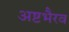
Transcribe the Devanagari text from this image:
अष्टभैरव